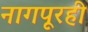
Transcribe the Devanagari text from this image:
नागपूरही